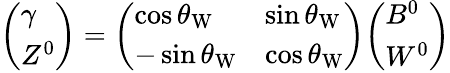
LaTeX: {\left(\begin{array}{l}{\gamma}\\ {Z^{0}}\end{array}\right)}={\left(\begin{array}{ll}{\cos\theta_{\mathrm{W}}}&{\sin\theta_{\mathrm{W}}}\\ {-\sin\theta_{\mathrm{W}}}&{\cos\theta_{\mathrm{W}}}\end{array}\right)}{\left(\begin{array}{l}{B^{0}}\\ {W^{0}}\end{array}\right)}